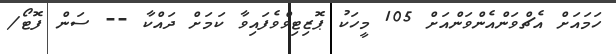
ހަމައަށް އެޗްވަންއެންވަންއަށް 105 މީހަކު ޕޮޒިޓިވްވެފައިވާ ކަމަށް ދައްކާ -- ސަން ފޮޓޯ/